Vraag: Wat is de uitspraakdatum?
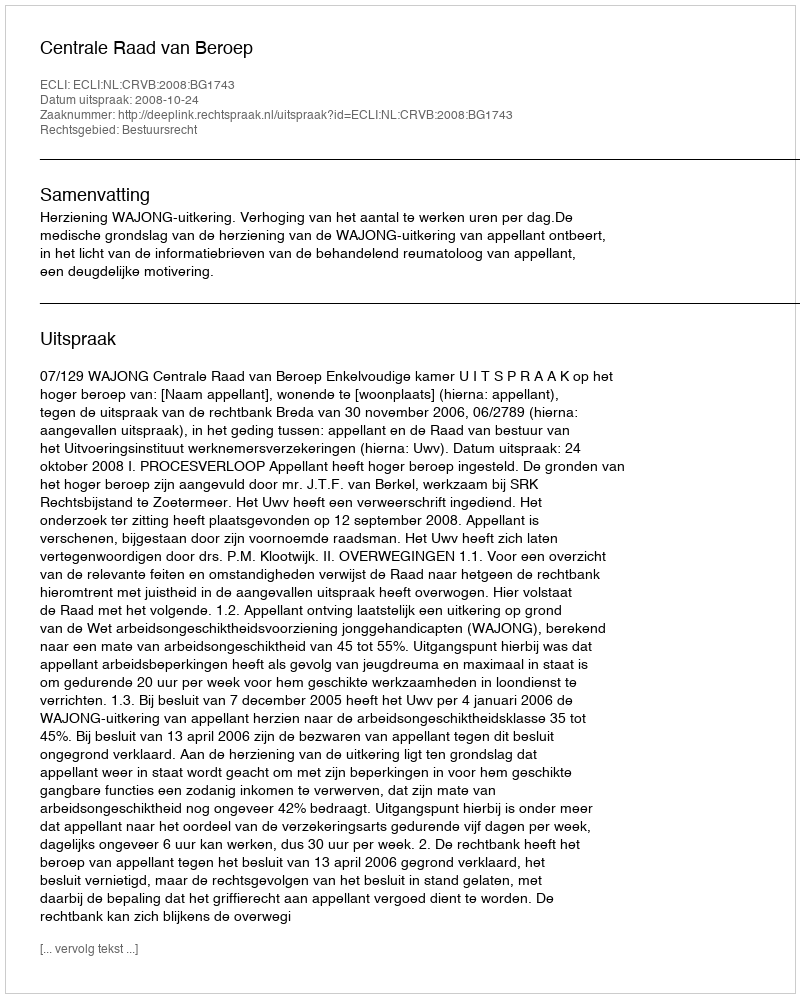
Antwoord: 2008-10-24